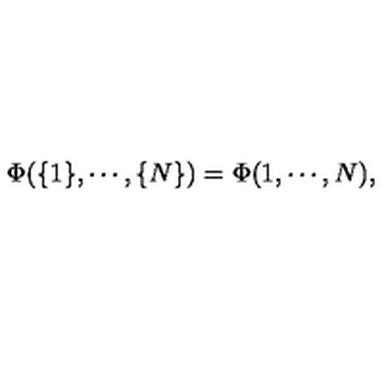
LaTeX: \Phi ( \{ 1 \} , \cdots , \{ N \} ) = \Phi ( 1 , \cdots , N ) ,